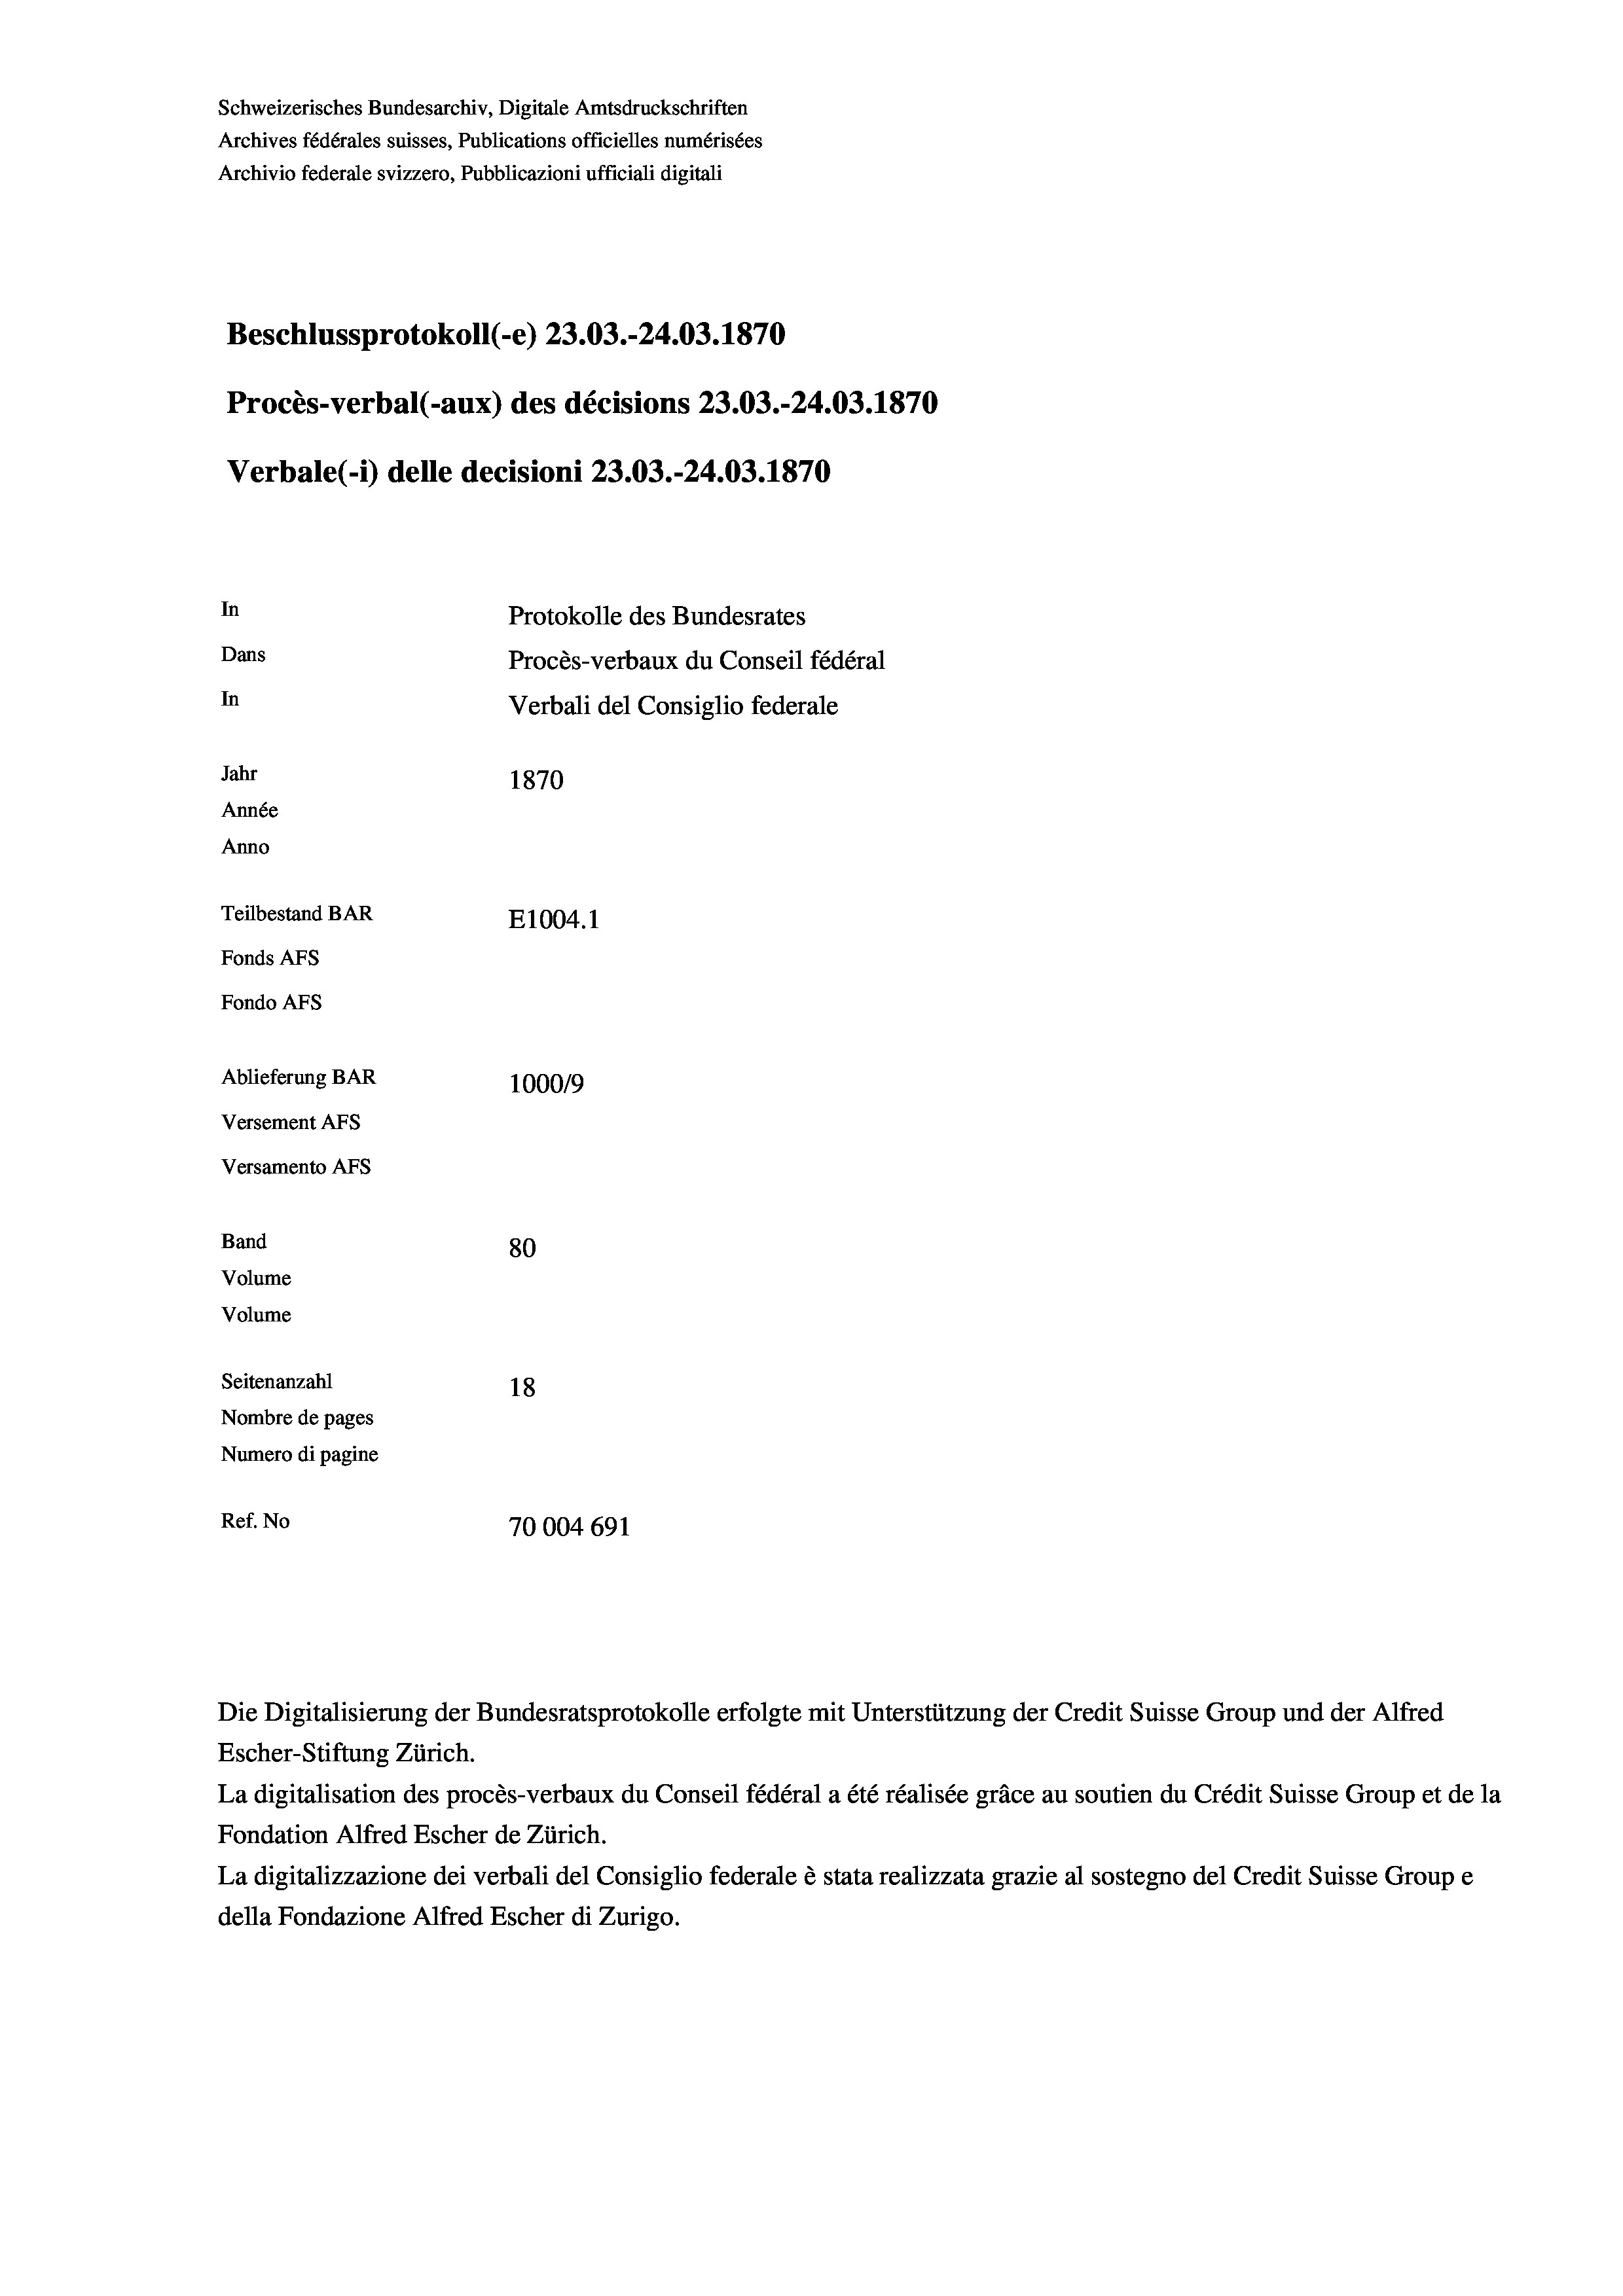
Schweizerisches Bundesarchiv, Digitale Amtsdruckschriften
Archives fédérales suisses, Publications officielles numérisées
Archivio federale svizzero, Pubblicazioni ufficiali digitali
Beschlussprotokoll (-e) 23.03.-24.03. 1870
Procès-verbal (-aux) des décisions 23.03.-24.03. 1870
Verbale(*) delle decisioni 23.03.-24.03. 1870
In
Protokolle des Bundesrates
Dans
Procès-verbaux du Conseil fédéral
In
Verbali del Consiglio federale
Jahr
1870
Année
Anno
Teilbestand BAR
E1004. 1
Fonds AFs
Fondo Afs
Ablieferung BAR
100019
Versement Ans
Versamento Afs
Band
80
Volume
Volume
Seitenanzahl
18
Nombre de pages
Numero di pagine

Ref. No
70004691

Escher-Stiftung Zürich.

Die Digitalisierung der Bundesratsprotokolle erfolgte mit Unterstützung der Credit Suisse Group und der Alfred

La digitalisation des procès-verbaux du Conseil fédéral a été réalisée gräce au soutien du Crédit Suisse Group et de la
Fondation Alfred Escher de Zürich.
La digitalizzazione dei verbali del Consiglio federale è stata realizzata grazie al sostegno del Credit Suisse Groupe
della Fondazione Alfred Escher di Zurigo.